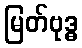
မြတ်ဗုဒ္ဓ